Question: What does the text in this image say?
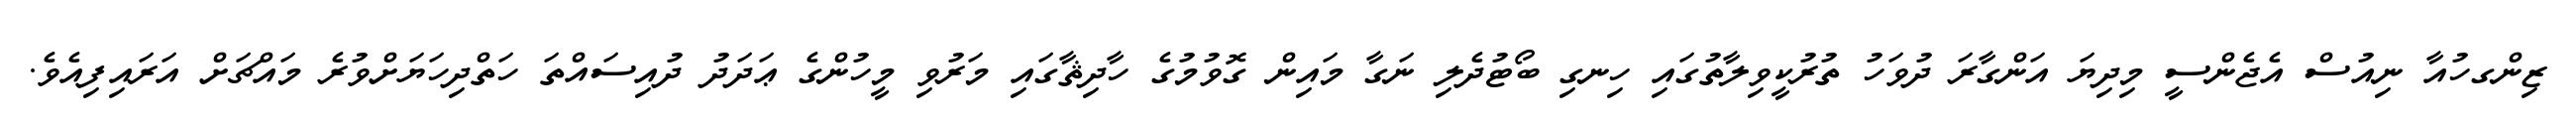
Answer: ޒިންގހުއާ ނިއުސް އެޖެންސީ މިދިޔަ އަންގާރަ ދުވަހު ތުރުކީވިލާތުގައި ހިނގި ބޯޓުދެލި ނަގާ މައިން ގޮވުމުގެ ހާދިޘާގައި މަރުވި މީހުންގެ ޢަދަދު ދުއިސައްތަ ހަތްދިހަޔަށްވުރެ މައްޗަށް އަރައިފިއެވެ.